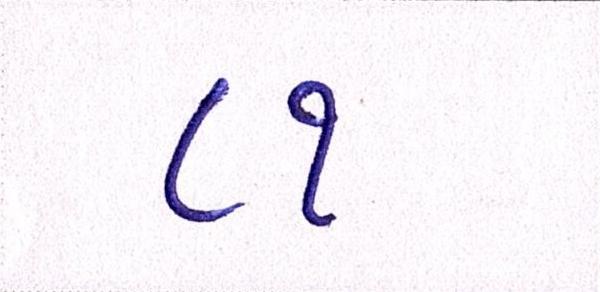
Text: ૮૧